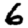
Digit: 6